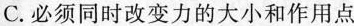
C.必须同时改变力的大小和作用